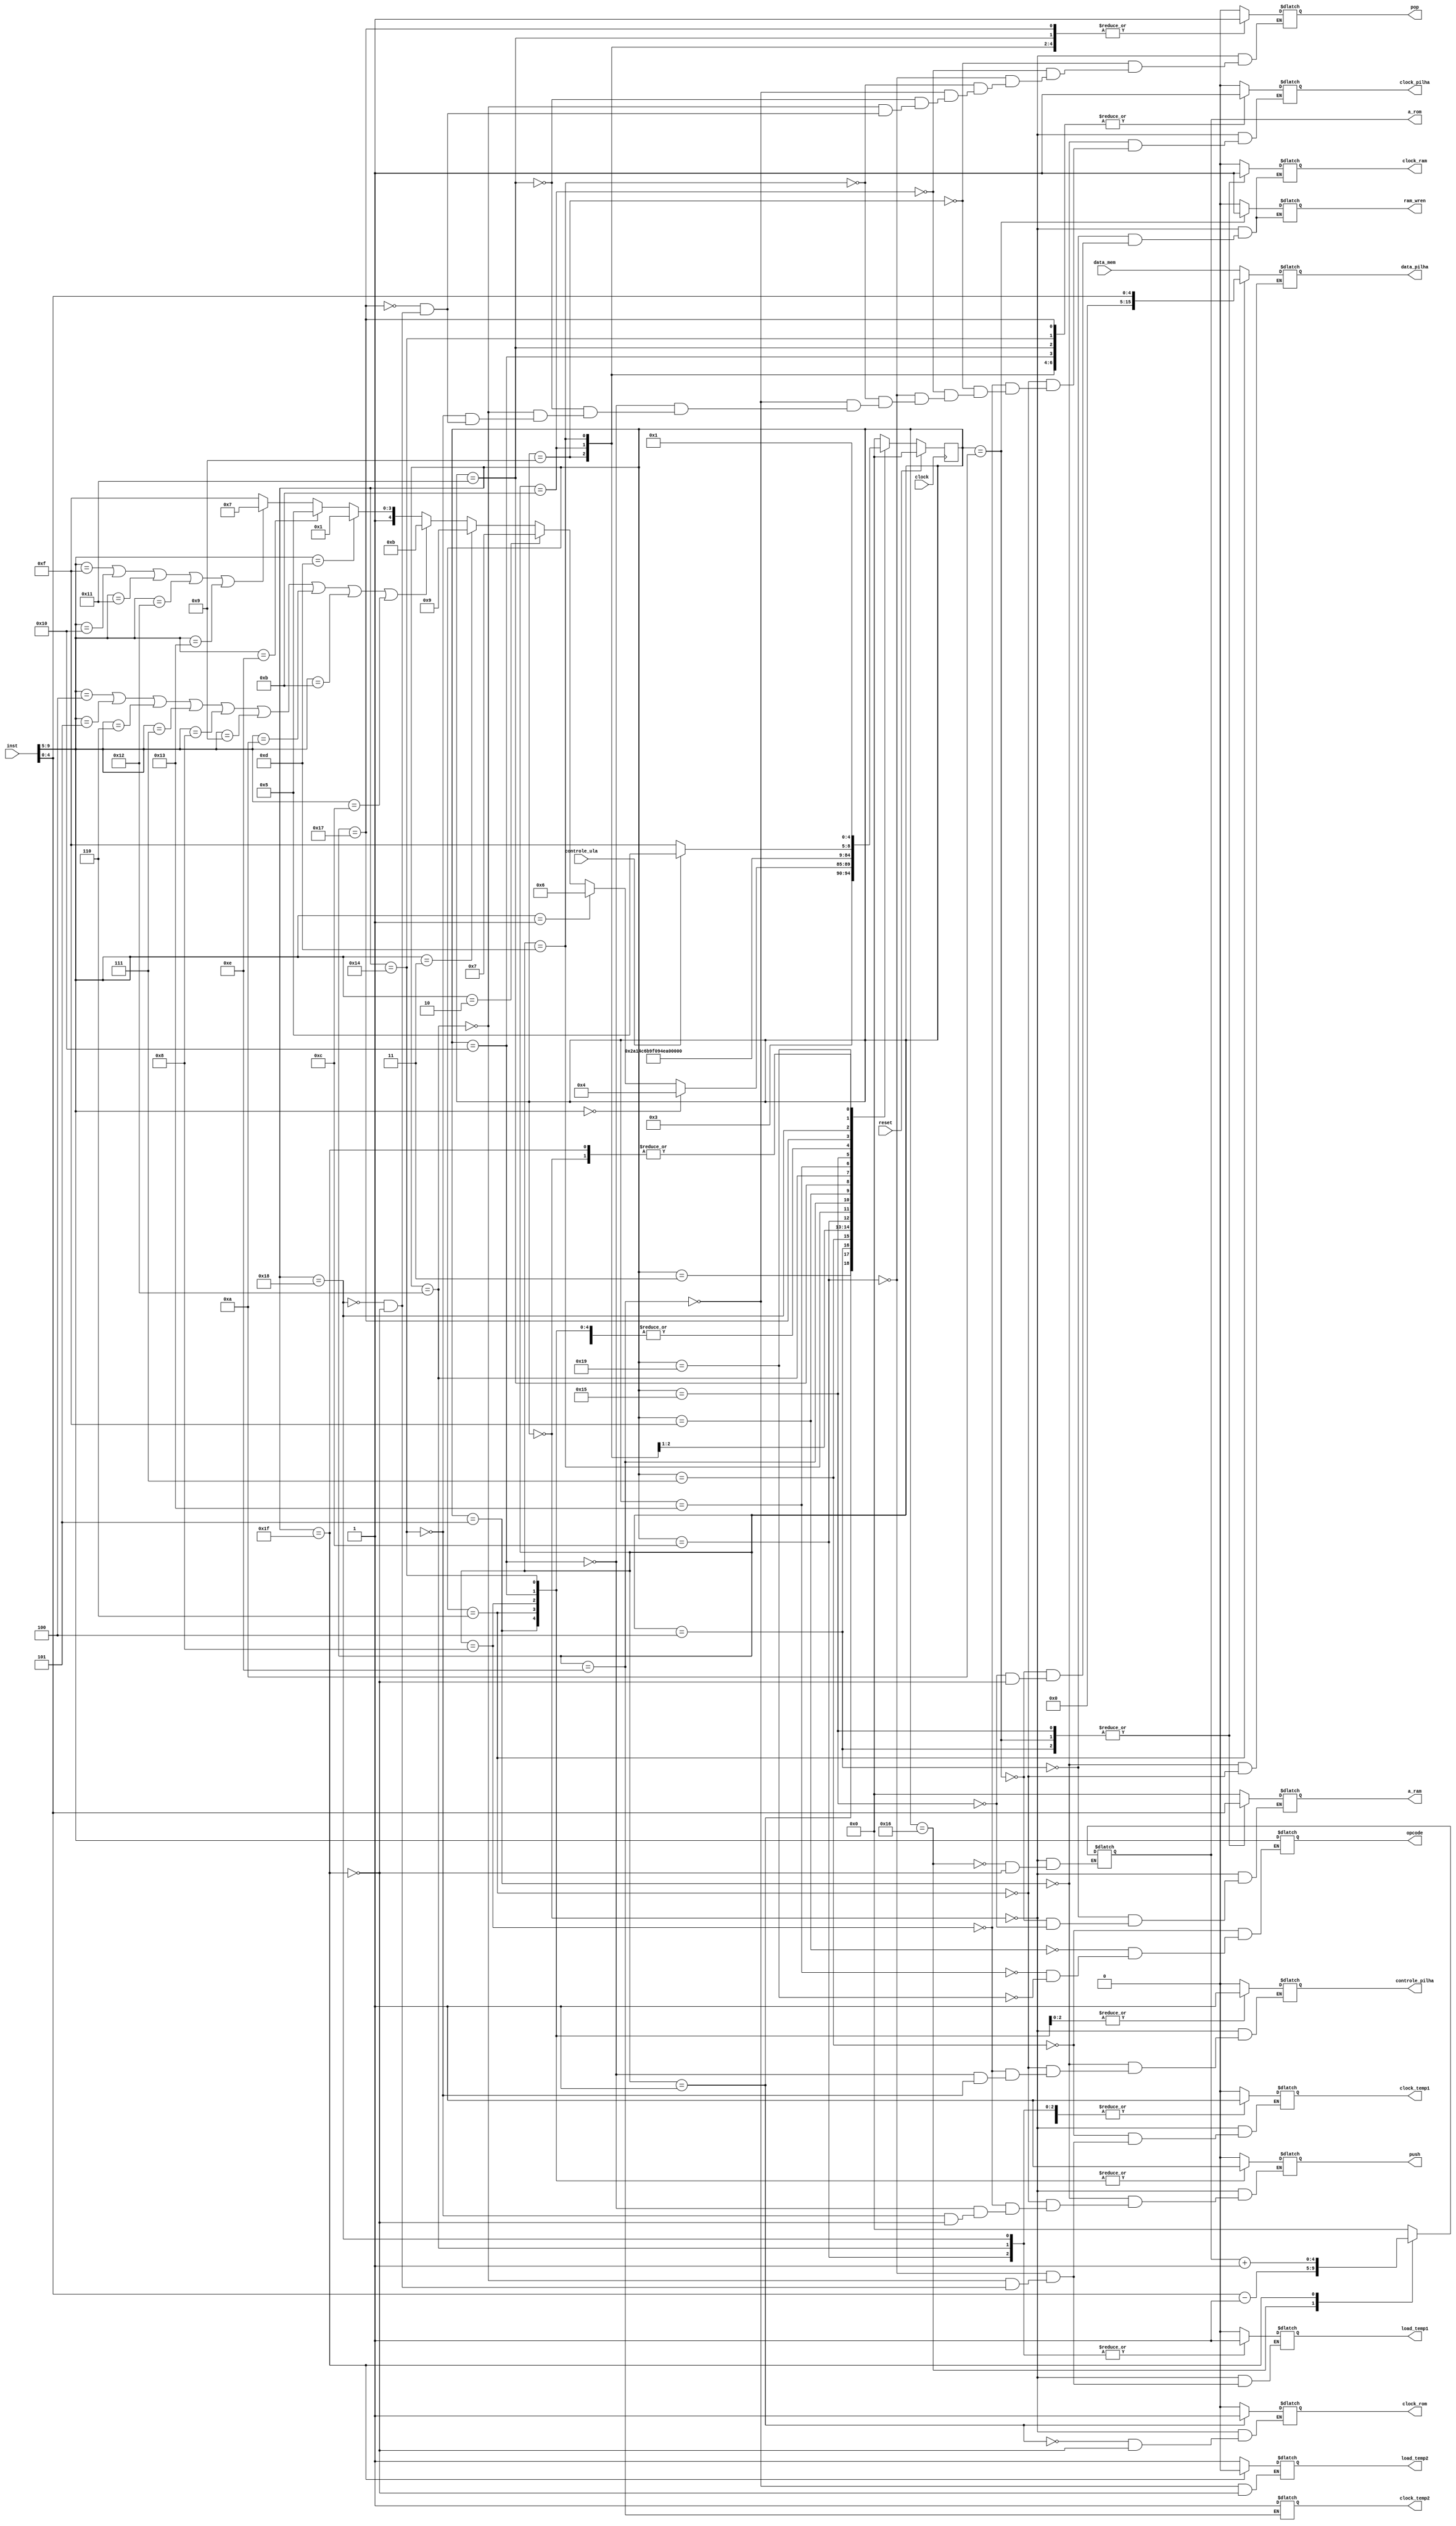
module UC (
	input [15:0] data_mem,
	input [9:0] inst,
	input clock,
	input reset,
	input controle_ula,

	output reg [4:0] a_ram,
	output reg clock_ram,
	output reg ram_wren,
	output reg [4:0] a_rom,
	output reg clock_rom,
	
	output reg controle_pilha,
	output reg clock_pilha,
	output reg push,
	output reg pop,
	output reg [15:0] data_pilha,
	
	output reg clock_temp1,
	output reg load_temp1,
	output reg clock_temp2,
	output reg load_temp2,
	
	output reg [4:0] opcode
);

//rom  a instruo e ram a data
parameter	Inicio = 5'b00000,
				Ler_ROM = 5'b00001,
				Enviar_Opcode = 5'b00010,
				Decodificar = 5'b00011,
				Push = 5'b00100,
				Push2 = 5'b00101,
				Push_I = 5'b00110,
				Push_T = 5'b00111,
				Push_T2 = 5'b01000,
				Pop = 5'b01001,
				Pop2 = 5'b01010,
				Aritmetica1 = 5'b01011,
				Aritmetica2 = 5'b01100,
				Aritmetica3 = 5'b01101,
				Aritmetica4 = 5'b01110,
				Aritmetica5 = 5'b01111,
				Aritmetica6 = 5'b10000,
				Not1 = 5'b10001,
				Not2 = 5'b10010,
				Not3 = 5'b10011,
				Not4 = 5'b10100,
				Goto1 = 5'b10101,
				Goto2 = 5'b10110,
				Condicional1 = 5'b10111,
				Condicional2 = 5'b11000,
				Condicional3 = 5'b11001,
				Encerrar = 5'b11111;
				
				
				
reg [4:0] estado_atual, estado_futuro;

// reg estado
always @ (posedge clock)
begin
	if (reset)
	begin
		estado_atual <= Inicio;
	end
	else
	begin
		estado_atual <= estado_futuro;
	end
end

// dec proximo estado
always @ (*)
begin
	case (estado_atual)
		Inicio: 				estado_futuro = Ler_ROM;
		Ler_ROM: 			estado_futuro = Decodificar;
		Decodificar:	if(inst[9:5] == 0)
									estado_futuro = Push;
								else if(inst[9:5] == 1)
									estado_futuro = Push_I;
								else if(inst[9:5] == 2)
									estado_futuro = Push_T;
								else if(inst[9:5] == 3)
									estado_futuro = Pop;
								else if(inst[9:5] == 4 || inst[9:5] == 5 || inst[9:5] == 6 || inst[9:5] == 7 || inst[9:5] == 8 || inst[9:5] == 9 || inst[9:5] == 10 || inst[9:5] == 11 || inst[9:5] == 12)
									estado_futuro = Aritmetica1;
								else if(inst[9:5] == 13)
									estado_futuro = Not1;
								else if(inst[9:5] == 14)
									estado_futuro = Goto1;
								else if(inst[9:5] == 15 || inst[9:5] == 16 || inst[9:5] == 17 || inst[9:5] == 18 || inst[9:5] == 19)
									estado_futuro = Condicional1;
								else
									estado_futuro = Encerrar;
		Push:             estado_futuro = Push2;
		Push2: 				estado_futuro = Encerrar;
		Push_I: 				estado_futuro = Encerrar;
		Push_T: 				estado_futuro = Push_T2;
		Push_T2: 			estado_futuro = Encerrar;
		Pop: 					estado_futuro = Pop2;
		Pop2: 				estado_futuro = Encerrar;
		Aritmetica1: 	estado_futuro = Aritmetica2;
		Aritmetica2: 	estado_futuro = Aritmetica3;
		Aritmetica3: 	estado_futuro = Aritmetica4;
		Aritmetica4: 	estado_futuro = Aritmetica5;
		Aritmetica5: 	estado_futuro = Aritmetica6;
		Aritmetica6: 	estado_futuro = Encerrar;	
		Not1: 		estado_futuro = Not2;
		Not2: 	estado_futuro = Not3;
		Not3: 	estado_futuro = Not4;
		Not4: 	estado_futuro = Encerrar;
		Goto1:		estado_futuro = Goto2;
		Goto2:		estado_futuro = Encerrar;
		Condicional1:  	estado_futuro = Condicional2;
		Condicional2:  	estado_futuro = Condicional3;
		Condicional3:  	if(controle_ula == 1)
							estado_futuro = Goto1;
						else
							estado_futuro = Encerrar;
		Encerrar: 		estado_futuro = Ler_ROM;
		default: estado_futuro = Inicio;
	endcase
end

// dec saida
always @ (*)
begin
	case (estado_atual)
		Inicio:
		begin
			// atribuicoes default
			clock_rom = 0;
			clock_ram = 0;
			clock_temp1 = 0;
			clock_pilha = 0;
			load_temp1 = 0;
			controle_pilha = 0;
			a_rom= 0;
			a_ram = 0;
			push = 0;
			pop = 0;
			ram_wren = 0;
		end
		
		Ler_ROM:				
		begin
			clock_rom = 1;
		end
		
		Push:
		begin
			a_ram = inst[4:0];
			ram_wren = 0;
			clock_ram = 1;
		end
		
		Push2:
		begin
			data_pilha[15:0] = data_mem[15:0];
			push = 1;
			clock_pilha = 1;
			controle_pilha = 0;
		end
		
		Push_I:
		begin
			data_pilha[15:0] = inst[4:0];
			push = 1;
			clock_pilha = 1;
			controle_pilha = 0;
		end
		
		Push_T:
		begin
			clock_temp1 = 1;
			opcode[4:0] = inst[9:5];
		end

		Push_T2:
		begin
			controle_pilha = 2'b01;
			clock_pilha = 1;
			push = 1;
			controle_pilha = 1;
		end
		
		Pop:
		begin
			pop = 1;
			clock_pilha = 1;
		end
		
		Pop2:
		begin
			a_ram = inst[4:0];
			ram_wren = 1;
			clock_ram = 1;
		end
		
		Aritmetica1: 	
		begin
			pop = 1;
			clock_pilha = 1;
		end
		
		Aritmetica2: 	
		begin
			load_temp1 = 1;
			clock_temp1 = 1;
			clock_pilha = 0;
			pop = 0;
		end
		
		Aritmetica3: 
		begin
			pop = 1;
			clock_pilha = 1;
		end
		
		Aritmetica4:
		begin
			load_temp2 = 1;
			clock_temp2 = 1;
			clock_pilha = 0;
			pop = 0;
		end	
		
		Aritmetica5:
		begin
			opcode[4:0] = inst[9:5];
		end					
		
		Aritmetica6:
		begin
			controle_pilha = 2'b01;
			clock_pilha = 1;
			push = 1;
			controle_pilha = 1;
		end
		
		Not1:
		begin
			pop = 1;
			clock_pilha = 1;
		end
		
		Not2: 	
		begin
			load_temp1 = 1;
			clock_temp1 = 1;
			clock_pilha = 0;
			pop = 0;
		end
		
		Not3: 	
		begin
			opcode[4:0] = inst[9:5];
		end
		
		Not4: 	
		begin
			controle_pilha = 2'b01;
			clock_pilha = 1;
			push = 1;
			controle_pilha = 1;
		end
		
		Goto1:
		begin
			a_ram = inst[4:0];
			ram_wren = 0;
			clock_ram = 1;
		end
		
		Goto2:
		begin
			a_rom[4:0] = inst[4:0] - 5'b00001;
		end
		
		Condicional1:		
		begin
			pop = 1;
			clock_pilha = 1;
		end
		
		Condicional2: 	
		begin
			load_temp1 = 1;
			clock_temp1 = 1;
			clock_pilha = 0;
			pop = 0;
		end
		
		Condicional3: 	
		begin
			opcode[4:0] = inst[9:5];
		end
		
		Encerrar:
		begin
			a_rom = a_rom + 1;
			clock_rom = 0;
			clock_ram = 0;
			clock_temp1 = 0;
			clock_pilha = 0;
			load_temp1 = 0;
			load_temp2 = 0;
			push = 0;
			pop = 0;
			ram_wren = 0;
		end
	endcase
end

endmodule